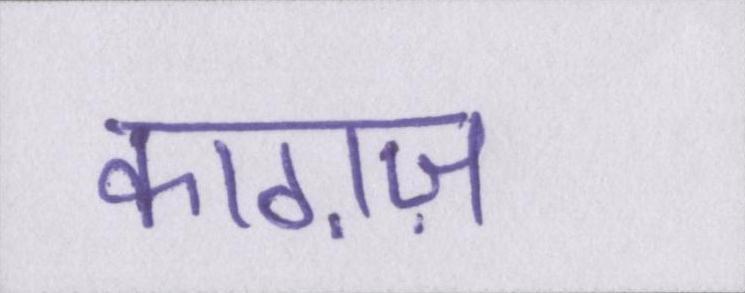
काग़ज़